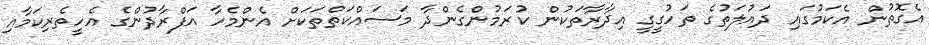
އެގޮތުން އެކަމުގައި ދައުލަތުގެ ތަހުގީގީ އިދާރާތަކުން ކުރަމުންގެންދާ މަސައްކަތްތަކަށް އެންމެހާ އަފްރާދުންގެ އެހީތެރިކަމާއި